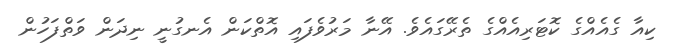
ކިއާ ގެއެއްގެ ކޮޓަރިއެއްގެ ތެރޭގައެވެ. އޭނާ މަރުވެފައި އޮތްކަން އެނގުނީ ނިދަން ވަތްފަހުން